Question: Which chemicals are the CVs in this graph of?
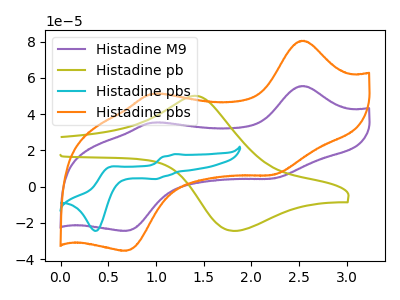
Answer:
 <answer>The purple curve is labeled "Histadine M9". The olive curve is labeled "Histadine pb". The cyan curve is labeled "Histadine pbs". The orange curve is labeled "Histadine pbs".</answer>
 <eval></eval>